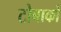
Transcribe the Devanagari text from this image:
टोबाको